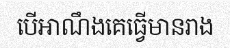
បើអាណឹងគេធ្វើមានរាង